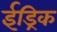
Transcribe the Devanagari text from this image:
ईड्रिक